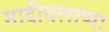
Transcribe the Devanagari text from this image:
मादीवलाप्पा